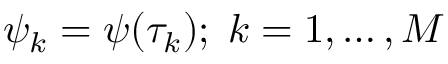
\psi _ { k } = \psi ( \tau _ { k } ) ; \; k = 1 , \dots , M